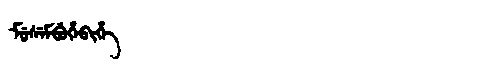
Manchu: ᠮᡠᠰᡝᠮᠪᡠᡥᡝᠪᡳᡥᡝ
Romanization: MUSEMBUHEBIHE